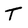
Character: T